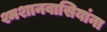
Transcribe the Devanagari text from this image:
श्मशानवासियांना